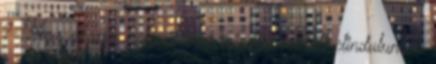
? Nem akarsz valamit még csinálni mielőtt elindulunk ?